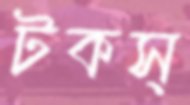
টকস্